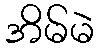
အိမ်မဲ